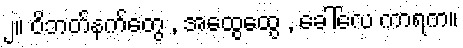
၂။ ဝိဘတ်နက်တွေ , အထွေထွေ , ခေါ်လေ ကာရက။